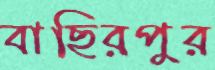
বাছিরপুর